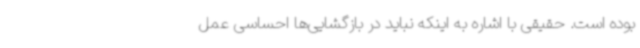
بوده است. حقیقی با اشاره به اینکه نباید در بازگشایی‌ها احساسی عمل